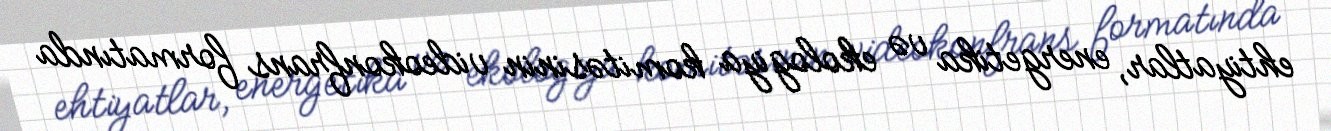
ehtiyatlar, energetika və ekologiya komitəsinin videokonfrans formatında